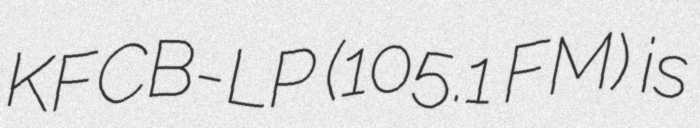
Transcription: KFCB-LP (105.1 FM) is